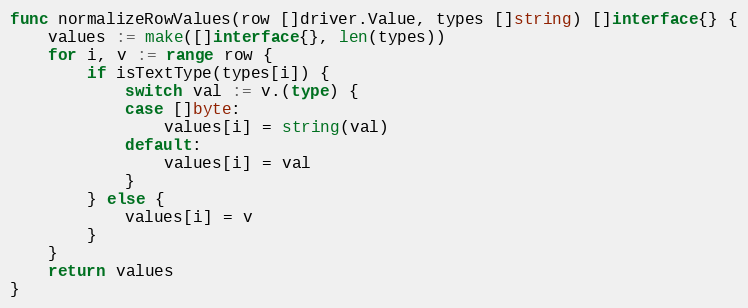
Language: Go
func normalizeRowValues(row []driver.Value, types []string) []interface{} {
	values := make([]interface{}, len(types))
	for i, v := range row {
		if isTextType(types[i]) {
			switch val := v.(type) {
			case []byte:
				values[i] = string(val)
			default:
				values[i] = val
			}
		} else {
			values[i] = v
		}
	}
	return values
}